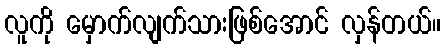
လူကို မှောက်လျက်သားဖြစ်အောင် လှန်တယ်။